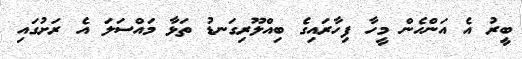
ބީރު އެ އަންހެން މީހާ ފިހާރައިގެ ބިއްލޫރިގަނޑު ތަޅާ މައްސަލަ އެ ރަށުގައި